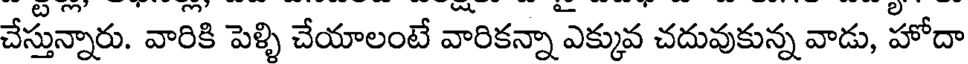
చేస్తున్నారు. వారికి పెళ్ళి చేయాలంటే వారికన్నా ఎక్కువ చదువుకున్న వాడు, హోదా